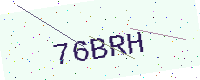
Text: 76BRH